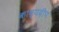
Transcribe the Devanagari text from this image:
काव्यदीप